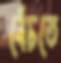
বেঁচতে